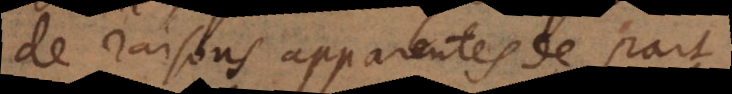
de raisons apparentes de part